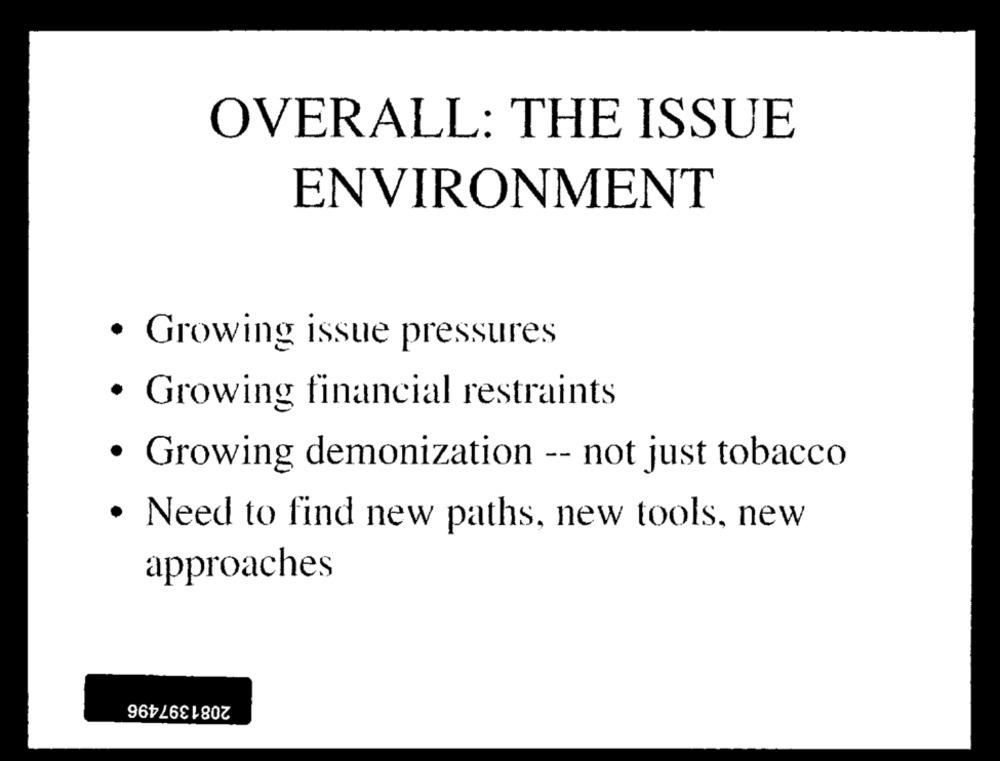
OVERALL: THE ISSUE
ENVIRONMENT
· Growing issue pressures
· Growing financial restraints
· Growing demonization -- not just tobacco
· Need to find new paths, new tools, new
approaches
2081397496